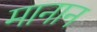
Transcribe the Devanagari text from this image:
मानान